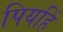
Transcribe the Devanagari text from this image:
पियहिं